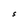
Character: S